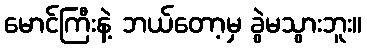
မောင်ကြီးနဲ့ ဘယ်တော့မှ ခွဲမသွားဘူး။